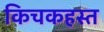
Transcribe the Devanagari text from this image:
किचकहस्त